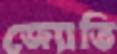
জ্যোতি